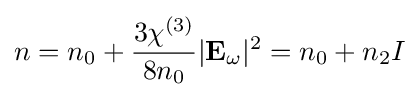
n=n_{0}+{\frac {3\chi ^{(3)}}{8n_{0}}}|\mathbf {E} _{\omega }|^{2}=n_{0}+n_{2}I